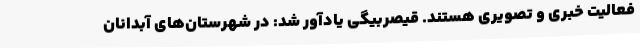
فعالیت خبری و تصویری هستند. قیصربیگی یادآور شد: در شهرستان‌های آبدانان